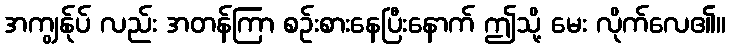
အကျွန်ုပ် လည်း အတန်ကြာ စဉ်းစားနေပြီးနောက် ဤသို့ မေး လိုက်လေ၏။